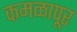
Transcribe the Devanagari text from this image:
कमळापूर